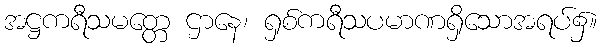
အဋ္ဌကရီသမတ္တေ ဌာနေ၊ ရှစ်ကရီသပမာဏရှိသောအရပ်၌။